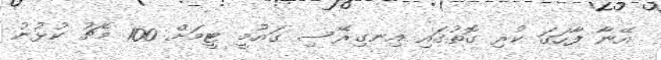
އޭނާ ފާހަގަ ކުރި ގޮތުގައި އިނގިރޭސި ގައުމީ ޓީމަށް 100 މެޗު ކުޅުނު